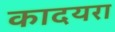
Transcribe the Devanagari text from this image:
कादयरा